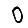
Digit: 0